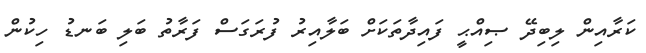
ކަރާއިން ލިބިދޭ ޞިއްޙީ ފައިދާތަކަށް ބަލާއިރު ފުރަގަސް ފަރާތު ބަލި ބަނޑު ހިކުން